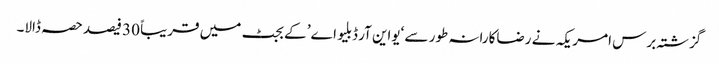
گزشتہ برس امریکہ نے رضاکارانہ طور سے ‘یواین آر ڈبلیو اے’ کے بجٹ میں قریباً 30 فیصد حصہ ڈالا۔